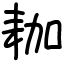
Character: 耞